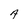
Character: A